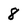
Character: 8